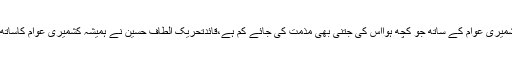
انہوں نے کہاکہ گزشتہ 65برسوں کے دوران کشمیری عوام کے ساتھ جو کچھ ہوااس کی جتنی بھی مذمت کی جائے کم ہے،قائدتحریک الطاف حسین نے ہمیشہ کشمیری عوام کاساتھ دیاہے اوران پرمظالم کی کھل کرمذمت کی ہے۔